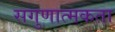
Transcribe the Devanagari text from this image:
सगुणात्मकता